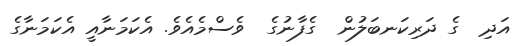
އަދި  ގެ ދަރިކަނބަލުން  ގެފާނުގެ  ވެސްމެއެވެ. އެކަމަނާއީ އެކަމަނާގެ